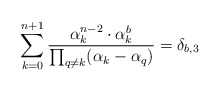
\begin{align*}\sum_{k=0}^{n+1}\frac{\alpha_k^{n-2}\cdot \alpha_k^{b}}{\prod_{q\neq k}(\alpha_k- \alpha_q)}=\delta_{b,3}\end{align*}